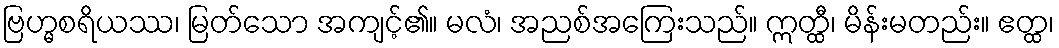
ဗြဟ္မစရိယဿ၊ မြတ်သော အကျင့်၏။ မလံ၊ အညစ်အကြေးသည်။ ဣတ္ထီ၊ မိန်းမတည်း။ ဧတ္ထ၊